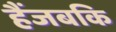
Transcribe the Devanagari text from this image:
हैंजबकि